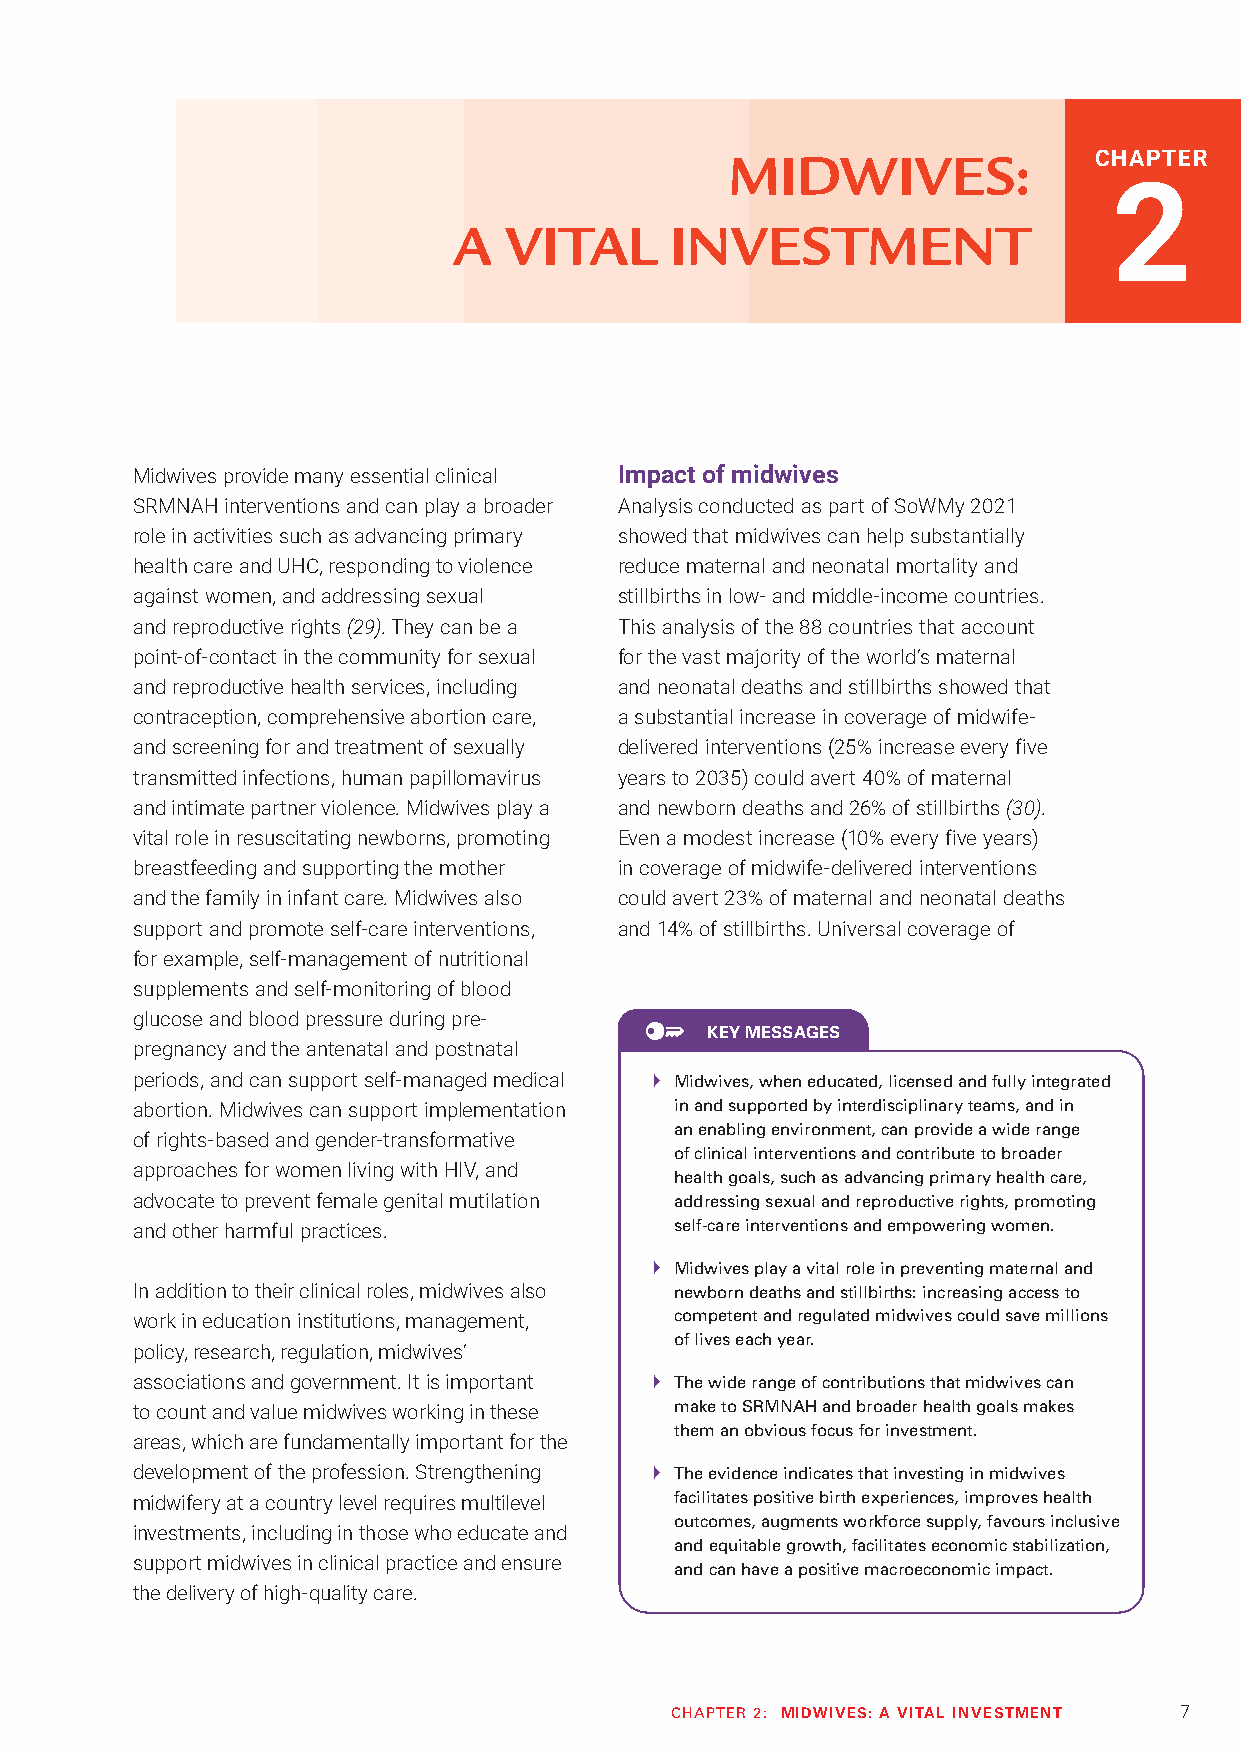
MIDWIVES:               CHAPTER
 2
 A  VITAL      INVESTMENT
 Midwives provide many essential clinical Impact of midwives
 SRMNAH interventions and can play a broader Analysis conducted as part of SoWMy 2021
 role in activities such as advancing primary showed that midwives can help substantially
 health care and UHC, responding to violence reduce maternal and neonatal mortality and
 against women, and addressing sexual stillbirths in low- and middle-income countries.
 and reproductive rights (29). They can be a This analysis of the 88 countries that account
 point-of-contact in the community for sexual for the vast majority of the world’s maternal
 and reproductive health services, including and neonatal deaths and stillbirths showed that
 contraception, comprehensive abortion care, a substantial increase in coverage of midwife-
 and screening for and treatment of sexually delivered interventions (25% increase every five
 transmitted infections, human papillomavirus years to 2035) could avert 40% of maternal
 and intimate partner violence. Midwives play a and newborn deaths and 26% of stillbirths (30).
 vital role in resuscitating newborns, promoting Even a modest increase (10% every five years)
 breastfeeding and supporting the mother in coverage of midwife-delivered interventions
 and the family in infant care. Midwives also could avert 23% of maternal and neonatal deaths
 support and promote self-care interventions, and 14% of stillbirths. Universal coverage of
 for example, self-management of nutritional
 supplements and self-monitoring of blood
 glucose and blood pressure during pre-
 KEY MESSAGES
 pregnancy and the antenatal and postnatal
 periods, and can support self-managed medical  Midwives, when educated, licensed and fully integrated
 abortion. Midwives can support implementation in and supported by interdisciplinary teams, and in
 an enabling environment, can provide a wide range
 of rights-based and gender-transformative
 of clinical interventions and contribute to broader
 approaches for women living with HIV, and
 health goals, such as advancing primary health care,
 advocate to prevent female genital mutilation addressing sexual and reproductive rights, promoting
 and other harmful practices.        self-care interventions and empowering women.
  Midwives play a vital role in preventing maternal and
 In addition to their clinical roles, midwives also newborn deaths and stillbirths: increasing access to
 work in education institutions, management, competent and regulated midwives could save millions
 of lives each year.
 policy, research, regulation, midwives’
 associations and government. It is important  The wide range of contributions that midwives can
 to count and value midwives working in these make to SRMNAH and broader health goals makes
 them an obvious focus for investment.
 areas, which are fundamentally important for the
 development of the profession. Strengthening  The evidence indicates that investing in midwives
 midwifery at a country level requires multilevel facilitates positive birth experiences, improves health
 outcomes, augments workforce supply, favours inclusive
 investments, including in those who educate and
 and equitable growth, facilitates economic stabilization,
 support midwives in clinical practice and ensure
 and can have a positive macroeconomic impact.
 the delivery of high-quality care.
 CHAPTER 2: MIDWIVES: A VITAL INVESTMENT 7